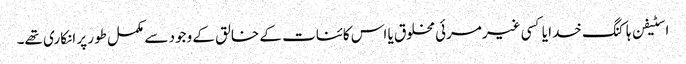
اسٹیفن ہاکنگ خدا یا کسی غیرمرئی مخلوق یا اس کائنات کے خالق کے وجود سے مکمل طور پر انکاری تھے۔